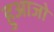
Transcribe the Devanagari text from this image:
हुआजो